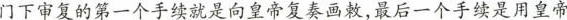
门下审复的第一个手续就是向皇帝复奏画敕，最后一个手续是用皇帝